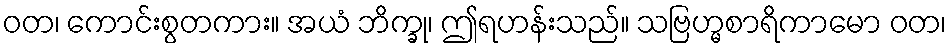
ဝတ၊ ကောင်းစွတကား။ အယံ ဘိက္ခု၊ ဤရဟန်းသည်။ သဗြဟ္မစာရိကာမော ဝတ၊